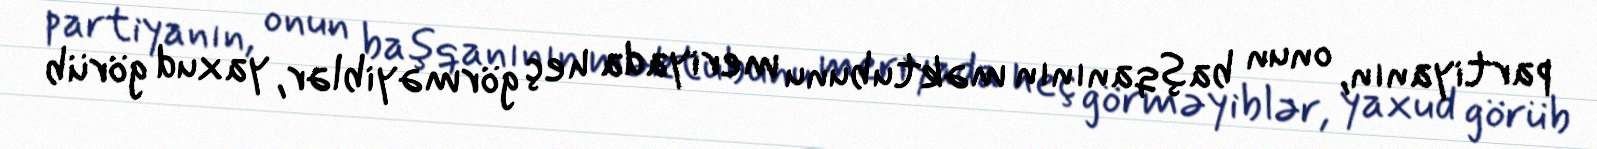
partiyanın, onun başqanının məktubunu meriyada heç görməyiblər, yaxud görüb